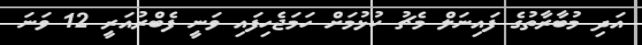
އަދި މުބާރާތުގެ ފައިނަލް މެޗު ކުޅުމަށް ހަމަޖެހިފައި ވަނީ ފެބްރުއަރީ 12 ވަނަ